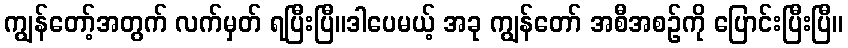
ကျွန်တော့်အတွက် လက်မှတ် ရပြီးပြီ။ဒါပေမယ့် အခု ကျွန်တော် အစီအစဉ်ကို ပြောင်းပြီးပြီ။